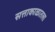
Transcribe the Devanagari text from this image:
सत्ताकाळातला